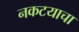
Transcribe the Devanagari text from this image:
नकटयाचा